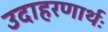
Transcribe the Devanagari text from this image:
उदाहरणार्थः